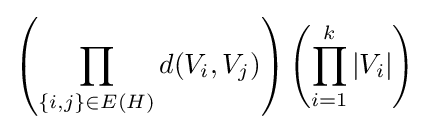
\left(\prod _{\{i,j\}\in E(H)}d(V_{i},V_{j})\right)\left(\prod _{i=1}^{k}|V_{i}|\right)